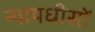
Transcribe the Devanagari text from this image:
न्यायधीसों